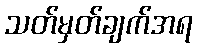
သတ်မှတ်ချက်အရ